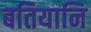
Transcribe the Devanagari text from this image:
बतियानि